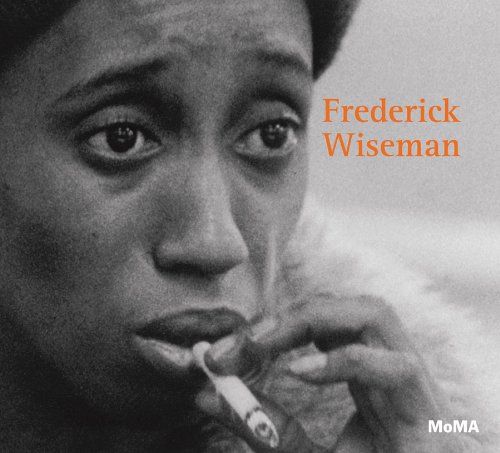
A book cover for Frederick Wiseman; Andrew Delbanco; Humor & Entertainment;